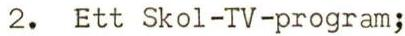
2. Ett Skol-TV-program;